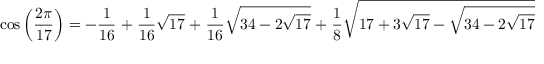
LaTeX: \cos { \left( { \frac { 2 \pi } { 1 7 } } \right) } = - { \frac { 1 } { 1 6 } } \; + \; { \frac { 1 } { 1 6 } } { \sqrt { 1 7 } } \; + \; { \frac { 1 } { 1 6 } } { \sqrt { 3 4 - 2 { \sqrt { 1 7 } } } } \; + \; { \frac { 1 } { 8 } } { \sqrt { 1 7 + 3 { \sqrt { 1 7 } } - { \sqrt { 3 4 - 2 { \sqrt { 1 7 } } } } - 2 { \sqrt { 3 4 + 2 { \sqrt { 1 7 } } } } } }